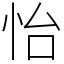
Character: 怡